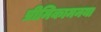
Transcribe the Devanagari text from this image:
प्रीमिकामनया